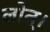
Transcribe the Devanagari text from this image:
लोत्।